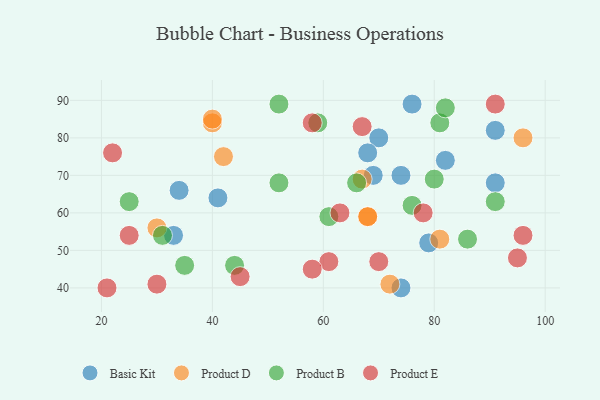
{"axis": {"x": "GDP", "y": "Life Expectancy"}, "legend": ["Basic Kit", "Product B", "Product D", "Product E"], "data": [{"x": "69", "y": 70, "type": "Basic Kit"}, {"x": "33", "y": 54, "type": "Basic Kit"}, {"x": "34", "y": 66, "type": "Basic Kit"}, {"x": "41", "y": 64, "type": "Basic Kit"}, {"x": "74", "y": 40, "type": "Basic Kit"}, {"x": "79", "y": 52, "type": "Basic Kit"}, {"x": "74", "y": 70, "type": "Basic Kit"}, {"x": "76", "y": 89, "type": "Basic Kit"}, {"x": "91", "y": 68, "type": "Basic Kit"}, {"x": "70", "y": 80, "type": "Basic Kit"}, {"x": "68", "y": 76, "type": "Basic Kit"}, {"x": "91", "y": 82, "type": "Basic Kit"}, {"x": "82", "y": 74, "type": "Basic Kit"}, {"x": "72", "y": 41, "type": "Product D"}, {"x": "68", "y": 59, "type": "Product D"}, {"x": "68", "y": 59, "type": "Product D"}, {"x": "30", "y": 56, "type": "Product D"}, {"x": "67", "y": 69, "type": "Product D"}, {"x": "42", "y": 75, "type": "Product D"}, {"x": "40", "y": 84, "type": "Product D"}, {"x": "96", "y": 80, "type": "Product D"}, {"x": "81", "y": 53, "type": "Product D"}, {"x": "40", "y": 85, "type": "Product D"}, {"x": "61", "y": 59, "type": "Product B"}, {"x": "86", "y": 53, "type": "Product B"}, {"x": "76", "y": 62, "type": "Product B"}, {"x": "52", "y": 89, "type": "Product B"}, {"x": "52", "y": 68, "type": "Product B"}, {"x": "81", "y": 84, "type": "Product B"}, {"x": "25", "y": 63, "type": "Product B"}, {"x": "44", "y": 46, "type": "Product B"}, {"x": "82", "y": 88, "type": "Product B"}, {"x": "31", "y": 54, "type": "Product B"}, {"x": "66", "y": 68, "type": "Product B"}, {"x": "35", "y": 46, "type": "Product B"}, {"x": "91", "y": 63, "type": "Product B"}, {"x": "80", "y": 69, "type": "Product B"}, {"x": "59", "y": 84, "type": "Product B"}, {"x": "22", "y": 76, "type": "Product E"}, {"x": "61", "y": 47, "type": "Product E"}, {"x": "58", "y": 84, "type": "Product E"}, {"x": "45", "y": 43, "type": "Product E"}, {"x": "67", "y": 83, "type": "Product E"}, {"x": "91", "y": 89, "type": "Product E"}, {"x": "58", "y": 45, "type": "Product E"}, {"x": "25", "y": 54, "type": "Product E"}, {"x": "70", "y": 47, "type": "Product E"}, {"x": "95", "y": 48, "type": "Product E"}, {"x": "30", "y": 41, "type": "Product E"}, {"x": "78", "y": 60, "type": "Product E"}, {"x": "63", "y": 60, "type": "Product E"}, {"x": "96", "y": 54, "type": "Product E"}, {"x": "21", "y": 40, "type": "Product E"}]}